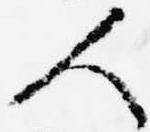
人